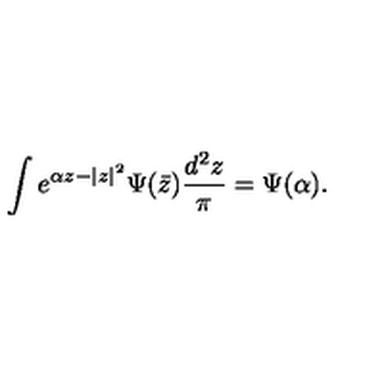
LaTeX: \int e ^ { \alpha z - | z | ^ { 2 } } \Psi ( \bar { z } ) { \frac { d ^ { 2 } z } { \pi } } = \Psi ( \alpha ) .